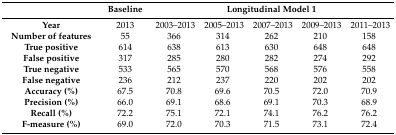
|  | Baseline | <COLSPAN=5> Longitudinal Model 1 |
 | --- | --- | --- | --- | --- | --- | --- |
 | Year | 2013 | 2003–2013 | 2005–2013 | 2007–2013 | 2009–2013 | 2011–2013 |
 | Number of features | 55 | 366 | 314 | 262 | 210 | 158 |
 | True positive | 614 | 638 | 613 | 630 | 648 | 648 |
 | False positive | 317 | 285 | 280 | 282 | 274 | 292 |
 | True negative | 533 | 565 | 570 | 568 | 576 | 558 |
 | False negative | 236 | 212 | 237 | 220 | 202 | 202 |
 | Accuracy (%) | 67.5 | 70.8 | 69.6 | 70.5 | 72.0 | 70.9 |
 | Precision (%) | 66.0 | 69.1 | 68.6 | 69.1 | 70.3 | 68.9 |
 | Recall (%) | 72.2 | 75.1 | 72.1 | 74.1 | 76.2 | 76.2 |
 | F-measure (%) | 69.0 | 72.0 | 70.3 | 71.5 | 73.1 | 72.4 |